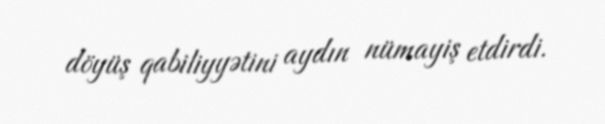
döyüş qabiliyyətini aydın nümayiş etdirdi.